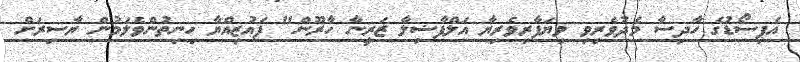
އެޕިސޯޑުގެ ހާދިސާ މެދުވެރިވި ވިޔަފާރިވެރިޔާ އަލްފާޟިލާ ޒަރީނާ ހާރޫން" ފައުޒިއްޔާ ހިނިތުންވެލަމުން ޔާސިރަށް